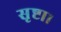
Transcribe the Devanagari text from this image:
सृष्टा।